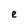
Character: e